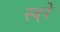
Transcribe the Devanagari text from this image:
स्वरे